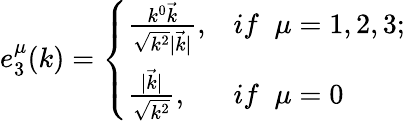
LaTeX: e_{3}^{\mu}(k)=\left\{ \begin{array}{ll}{{\frac{k^{0}\vec{k}}{\sqrt{k^{2}}|\vec{k}|},}}&{{if\; \; \mu=1,2,3;}}\\ {{\frac{|\vec{k}|}{\sqrt{k^{2}}},}}&{{if\; \; \mu=0}}\end{array}\right.